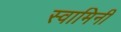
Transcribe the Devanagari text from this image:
स्‍वामिनी